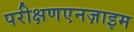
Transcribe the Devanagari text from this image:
परीक्षणएनज़ाइम